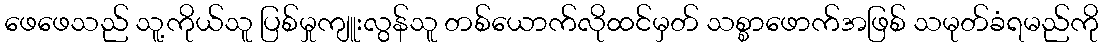
ဖေဖေသည် သူ့ကိုယ်သူ ပြစ်မှုကျူးလွန်သူ တစ်ယောက်လိုထင်မှတ် သစ္စာဖောက်အဖြစ် သမုတ်ခံရမည်ကို